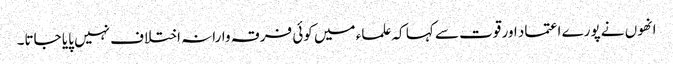
انھوں نے پورے اعتماد اور قوت سے کہا کہ علماء میں کوئی فرقہ وارانہ اختلاف نہیں پایا جاتا۔